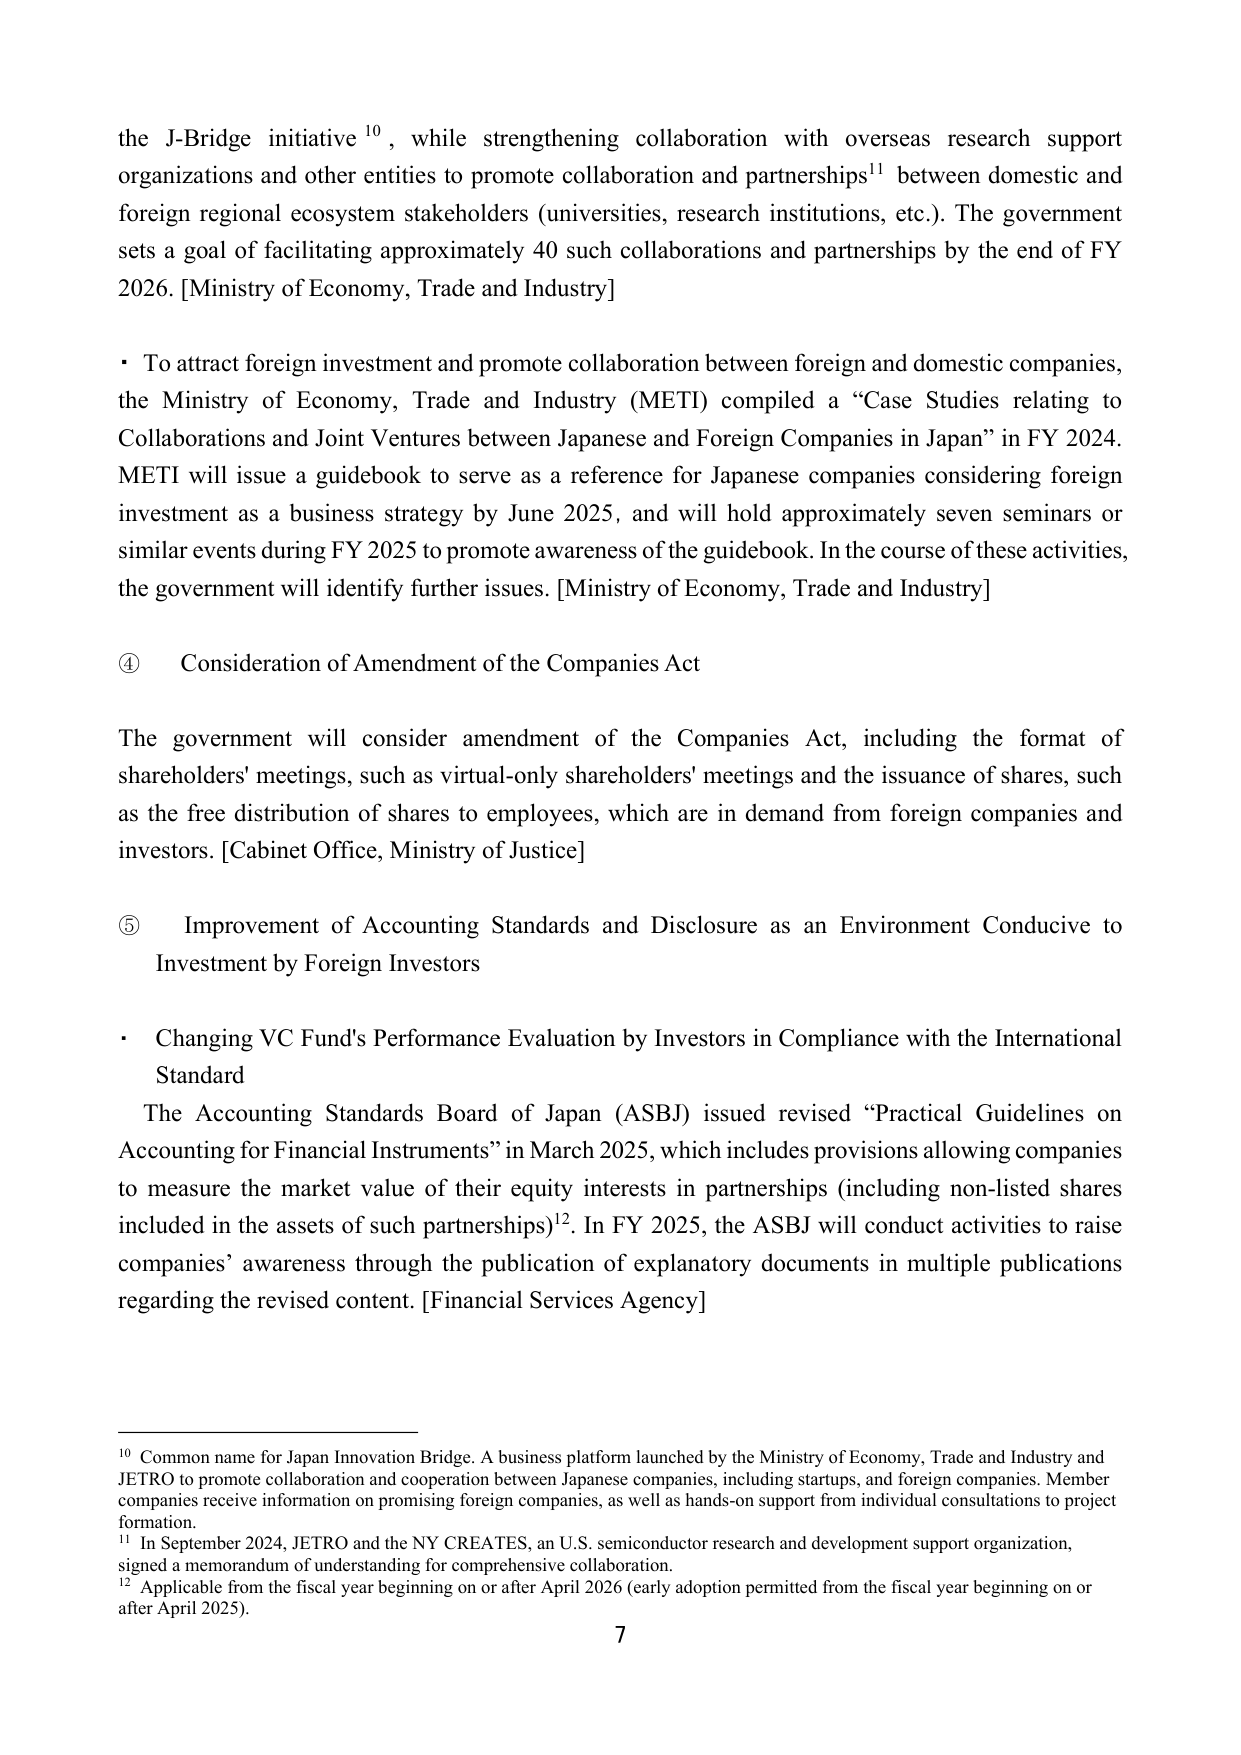
the J-Bridge initiative¹⁰, while strengthening collaboration with overseas research support organizations and other entities to promote collaboration and partnerships¹¹ between domestic and foreign regional ecosystem stakeholders (universities, research institutions, etc.). The government sets a goal of facilitating approximately 40 such collaborations and partnerships by the end of FY 2026. [Ministry of Economy, Trade and Industry]

• To attract foreign investment and promote collaboration between foreign and domestic companies, the Ministry of Economy, Trade and Industry (METI) compiled a “Case Studies relating to Collaborations and Joint Ventures between Japanese and Foreign Companies in Japan” in FY 2024. METI will issue a guidebook to serve as a reference for Japanese companies considering foreign investment as a business strategy by June 2025, and will hold approximately seven seminars or similar events during FY 2025 to promote awareness of the guidebook. In the course of these activities, the government will identify further issues. [Ministry of Economy, Trade and Industry]

④ Consideration of Amendment of the Companies Act

The government will consider amendment of the Companies Act, including the format of shareholders' meetings, such as virtual-only shareholders' meetings and the issuance of shares, such as the free distribution of shares to employees, which are in demand from foreign companies and investors. [Cabinet Office, Ministry of Justice]

⑤ Improvement of Accounting Standards and Disclosure as an Environment Conducive to Investment by Foreign Investors

• Changing VC Fund's Performance Evaluation by Investors in Compliance with the International Standard

The Accounting Standards Board of Japan (ASBJ) issued revised “Practical Guidelines on Accounting for Financial Instruments” in March 2025, which includes provisions allowing companies to measure the market value of their equity interests in partnerships (including non-listed shares included in the assets of such partnerships)¹². In FY 2025, the ASBJ will conduct activities to raise companies’ awareness through the publication of explanatory documents in multiple publications regarding the revised content. [Financial Services Agency]

¹⁰ Common name for Japan Innovation Bridge. A business platform launched by the Ministry of Economy, Trade and Industry and JETRO to promote collaboration and cooperation between Japanese companies, including startups, and foreign companies. Member companies receive information on promising foreign companies, as well as hands-on support from individual consultations to project formation.

¹¹ In September 2024, JETRO and the NY CREATES, an U.S. semiconductor research and development support organization, signed a memorandum of understanding for comprehensive collaboration.

¹² Applicable from the fiscal year beginning on or after April 2026 (early adoption permitted from the fiscal year beginning on or after April 2025).

7